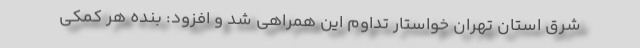
شرق استان تهران خواستار تداوم این همراهی شد و افزود: بنده هر کمکی